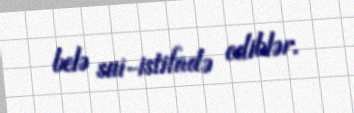
belə sui-istifadə ediblər.